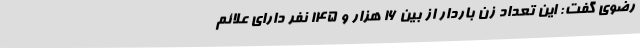
رضوی گفت: این تعداد زن باردار از بین ۱۶ هزار و ۱۴۵ نفر دارای علائم